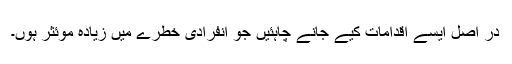
در اصل ایسے اقدامات کیے جانے چاہئیں جو انفرادی خطرے میں زیادہ موئثر ہوں۔